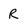
Character: R